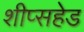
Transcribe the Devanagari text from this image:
शीप्सहेड